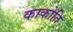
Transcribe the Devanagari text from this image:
काकोति